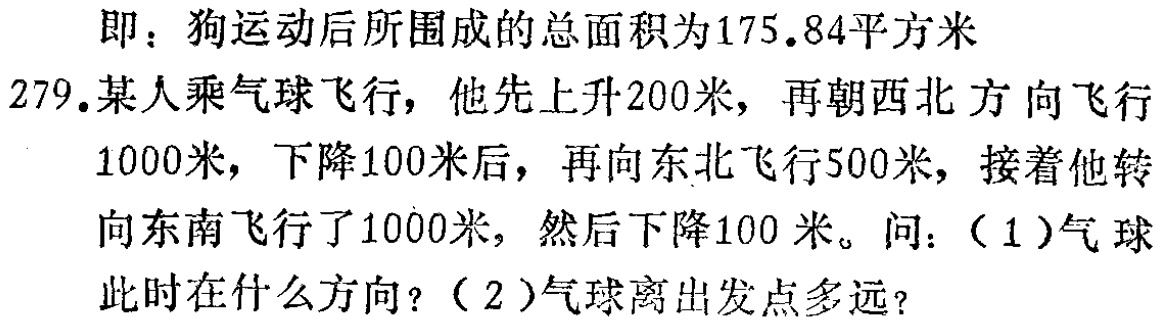
即：狗运动后所围成的总面积为175.84平方米

279.某人乘气球飞行，他先上升200米，再朝西北方向飞行

1000米，下降100米后，再向东北飞行500米，接着他转

向东南飞行了1000米，然后下降100米。问：（1）气球

此时在什么方向？（2）气球离出发点多远？